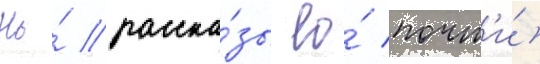
Но́ расска́зы ео́ почт'и́